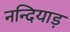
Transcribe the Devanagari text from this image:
नन्दियाड़